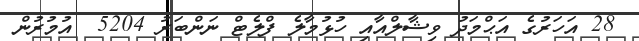
28 އަހަރުގެ އަޙްމަދު ވިޝާލްއާއި ހުޅުމާލެ ފްލެޓް ނަންބަރު 5204  އުމުރުން